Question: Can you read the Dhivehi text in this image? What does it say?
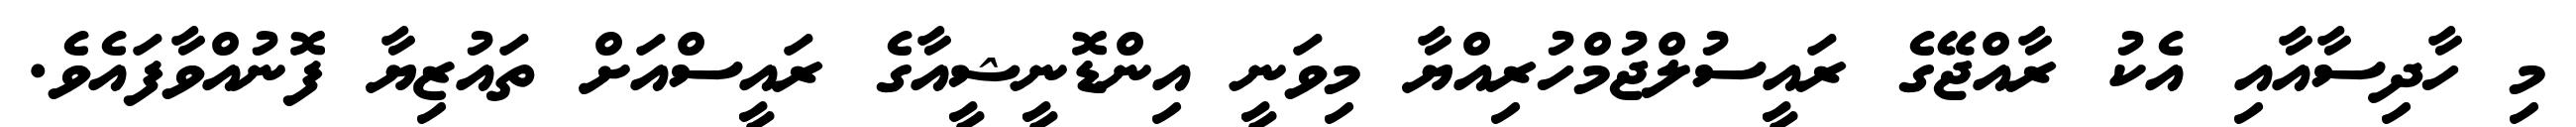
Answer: މި ހާދިސާއާއި އެކު ރާއްޖޭގެ ރައީސުލްޖުމްހުރިއްޔާ މިވަނީ އިންޑޮނީޝީއާގެ ރައީސްއަށް ތައުޒިޔާ ފޮނުއްވާފައެވެ.